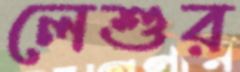
লেশুর